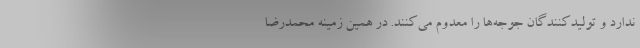
ندارد و تولیدکنندگان جوجه‌ها را معدوم می‌کنند. در همین زمینه محمدرضا